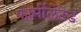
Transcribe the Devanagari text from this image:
फोर्मीलेटेड